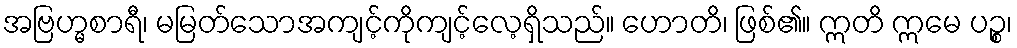
အဗြဟ္မစာရီ၊ မမြတ်သောအကျင့်ကိုကျင့်လေ့ရှိသည်။ ဟောတိ၊ ဖြစ်၏။ ဣတိ ဣမေ ပဉ္စ၊